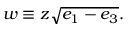
w \equiv z { \sqrt { e _ { 1 } - e _ { 3 } } } .